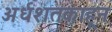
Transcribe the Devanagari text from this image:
अर्धशतकाहून